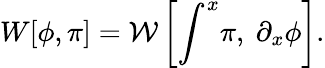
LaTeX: W[\phi,\pi]=\mathcal{W}\left[\int^{x}\! \pi,~\partial_{x}\phi\right].